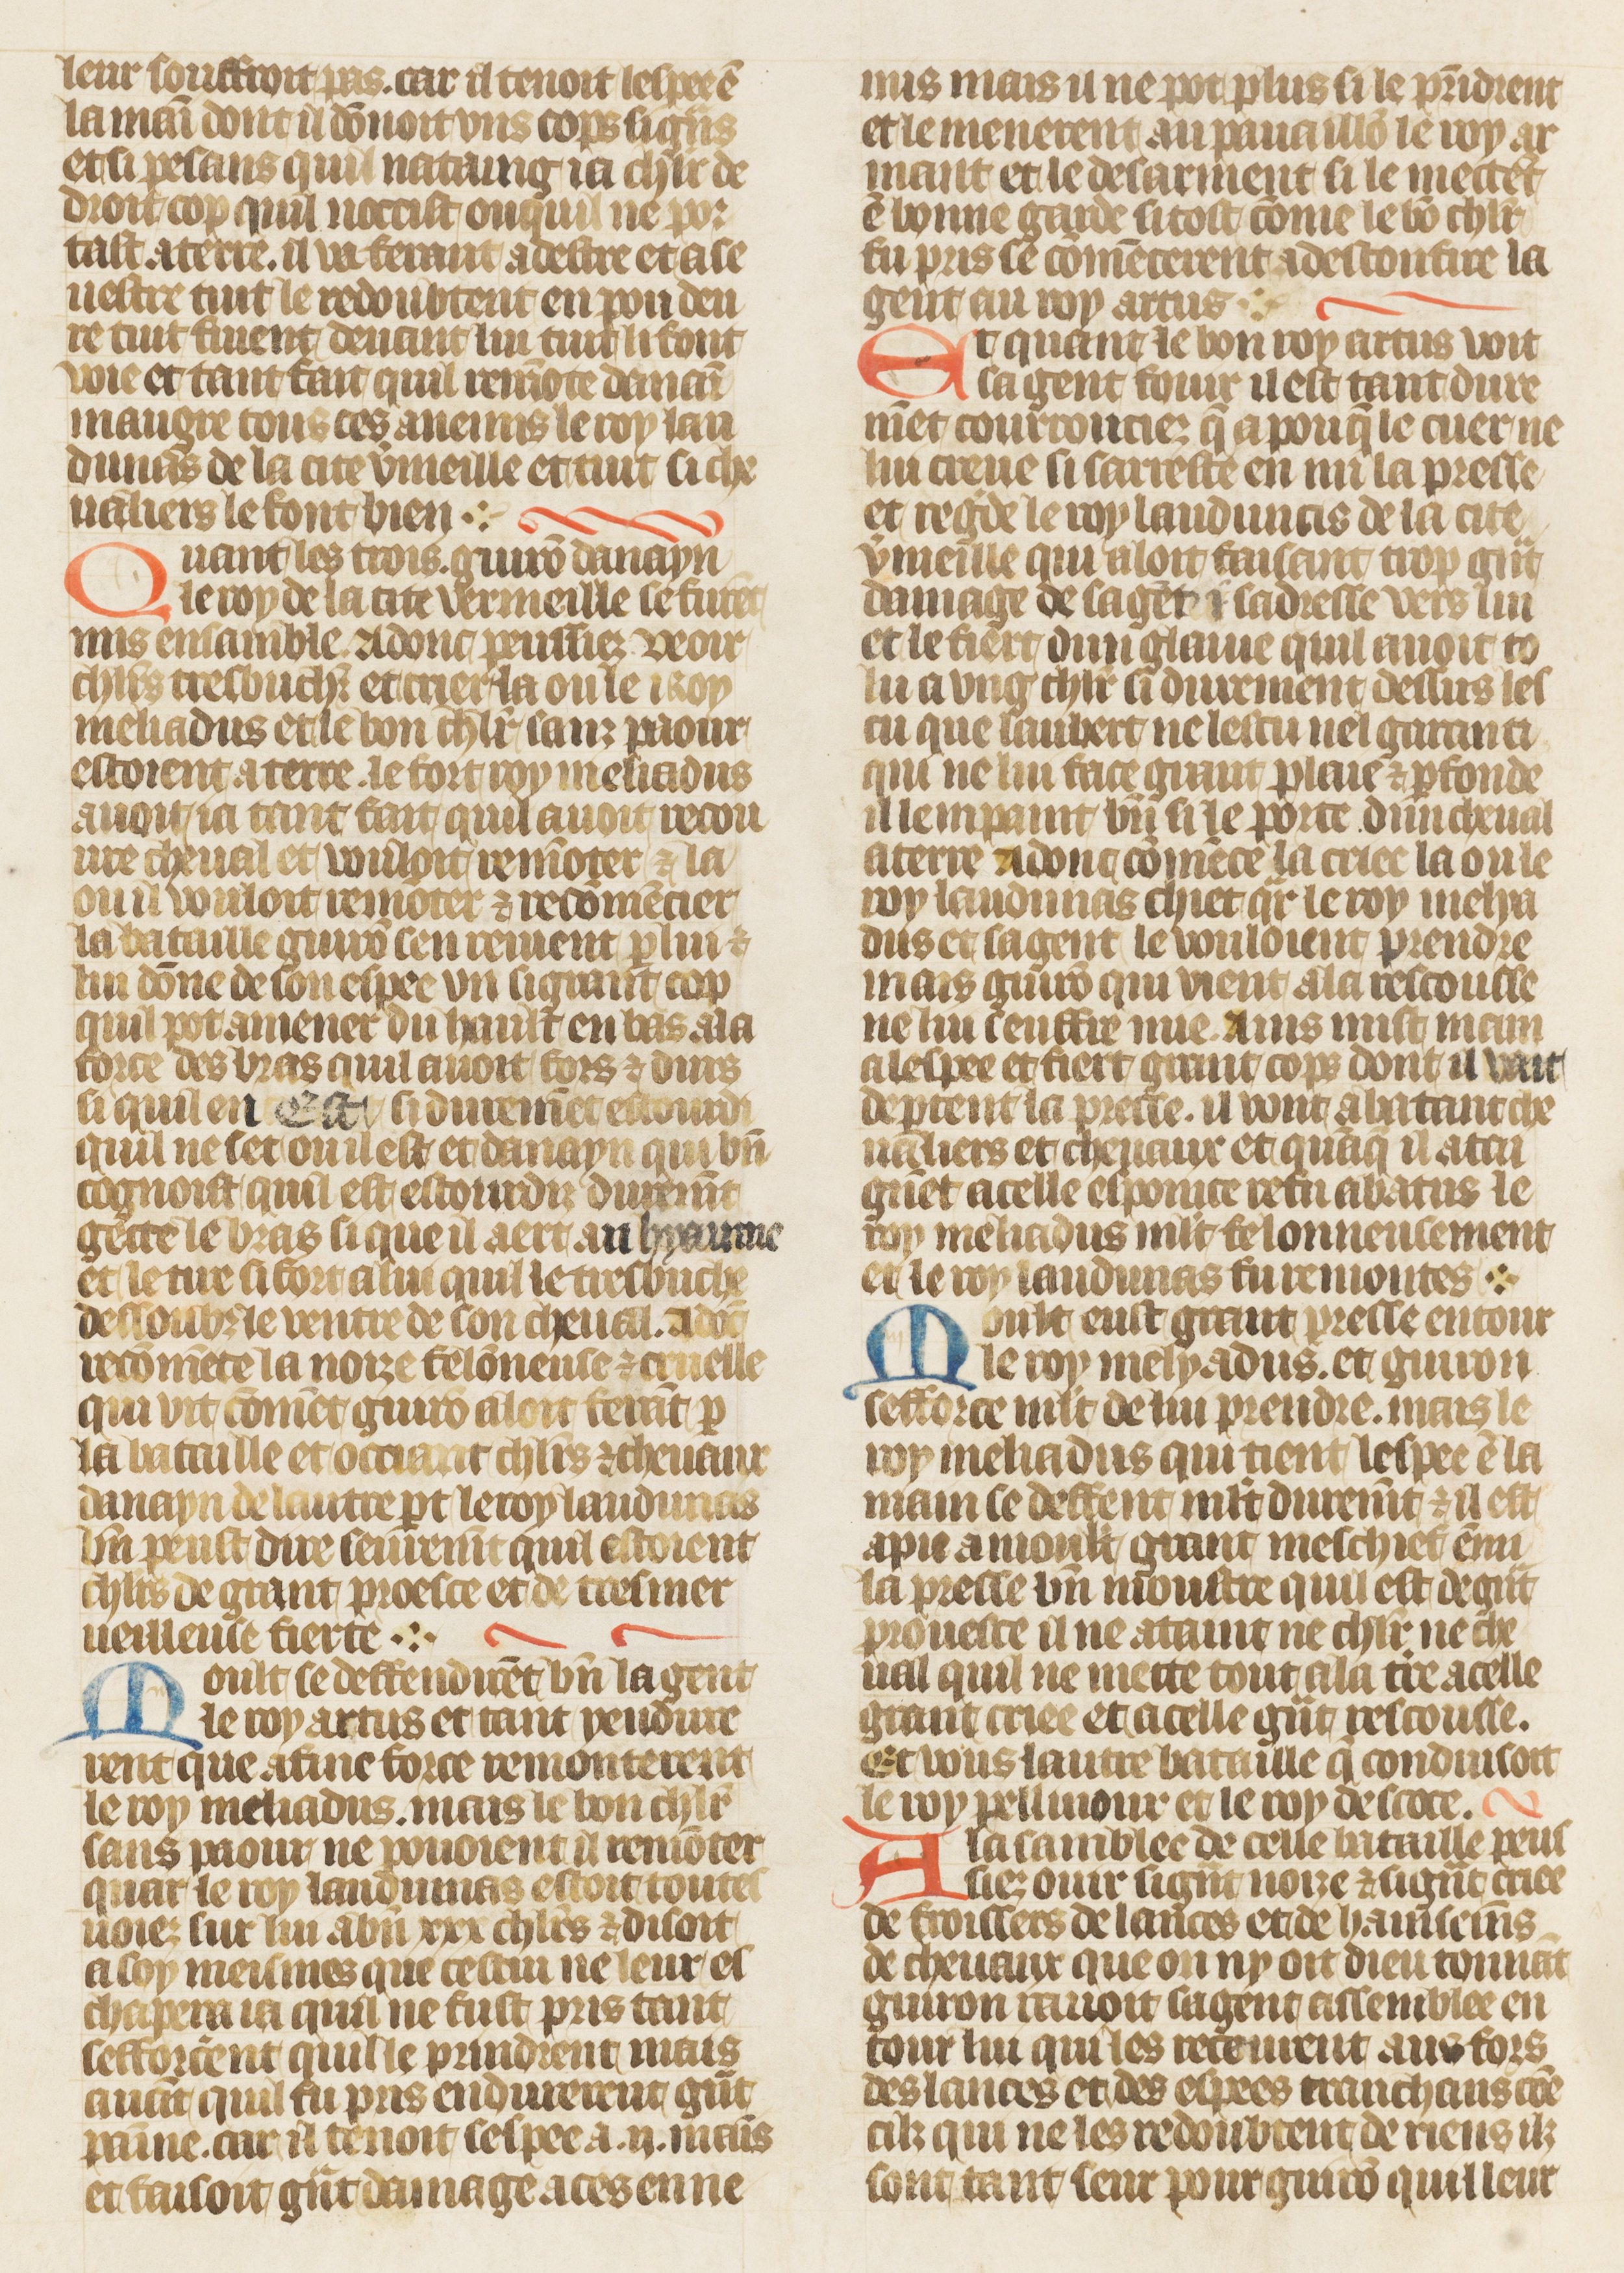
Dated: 1410–1430